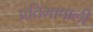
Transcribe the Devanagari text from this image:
प्रतिभाषाली